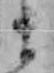
ま